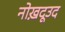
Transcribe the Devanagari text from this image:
नोख़दूउद